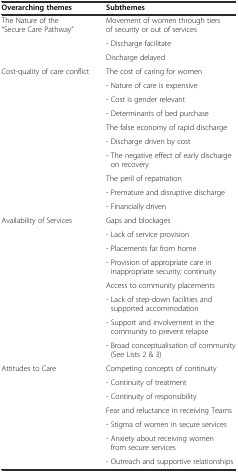
<table><thead><tr><td><b>Overarching themes</b></td><td><b>Subthemes</b></td></tr></thead><tbody><tr><td rowspan="3">The Nature of the “Secure Care Pathway”</td><td>Movement of women through tiers of security or out of services</td></tr><tr><td>- Discharge facilitate</td></tr><tr><td>Discharge delayed</td></tr><tr><td rowspan="10">Cost-quality of care conflict</td><td>The cost of caring for women</td></tr><tr><td>- Nature of care is expensive</td></tr><tr><td>- Cost is gender relevant</td></tr><tr><td>- Determinants of bed purchase</td></tr><tr><td>The false economy of rapid discharge</td></tr><tr><td>- Discharge driven by cost</td></tr><tr><td>- The negative effect of early discharge on recovery</td></tr><tr><td>The peril of repatriation</td></tr><tr><td>- Premature and disruptive discharge</td></tr><tr><td>- Financially driven</td></tr><tr><td rowspan="8">Availability of Services</td><td>Gaps and blockages</td></tr><tr><td>- Lack of service provision</td></tr><tr><td>- Placements far from home</td></tr><tr><td>- Provision of appropriate care in inappropriate security; continuity</td></tr><tr><td>Access to community placements</td></tr><tr><td>- Lack of step-down facilities and supported accommodation</td></tr><tr><td>- Support and involvement in the community to prevent relapse</td></tr><tr><td>- Broad conceptualisation of community (See Lists 2 &amp; 3)</td></tr><tr><td rowspan="7">Attitudes to Care</td><td>Competing concepts of continuity</td></tr><tr><td>- Continuity of treatment</td></tr><tr><td>- Continuity of responsibility</td></tr><tr><td>Fear and reluctance in receiving Teams</td></tr><tr><td>- Stigma of women in secure services</td></tr><tr><td>- Anxiety about receiving women from secure services</td></tr><tr><td>- Outreach and supportive relationships</td></tr></tbody></table>